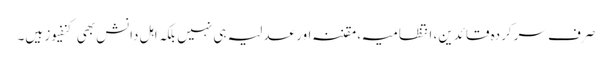
صرف سرکردہ قائدین، انتظامیہ، مقننہ اور عدلیہ ہی نہیں بلکہ اہل دانش بھی کنفیوز ہیں۔